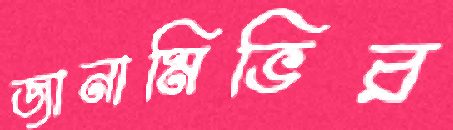
জানামিভির